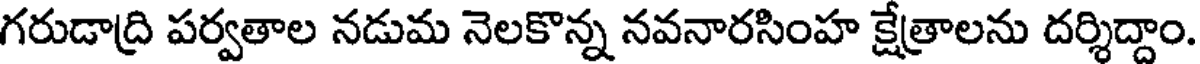
గరుడాద్రి పర్వతాల నడుమ నెలకొన్న నవనారసింహ క్షేత్రాలను దర్శిద్దాం.